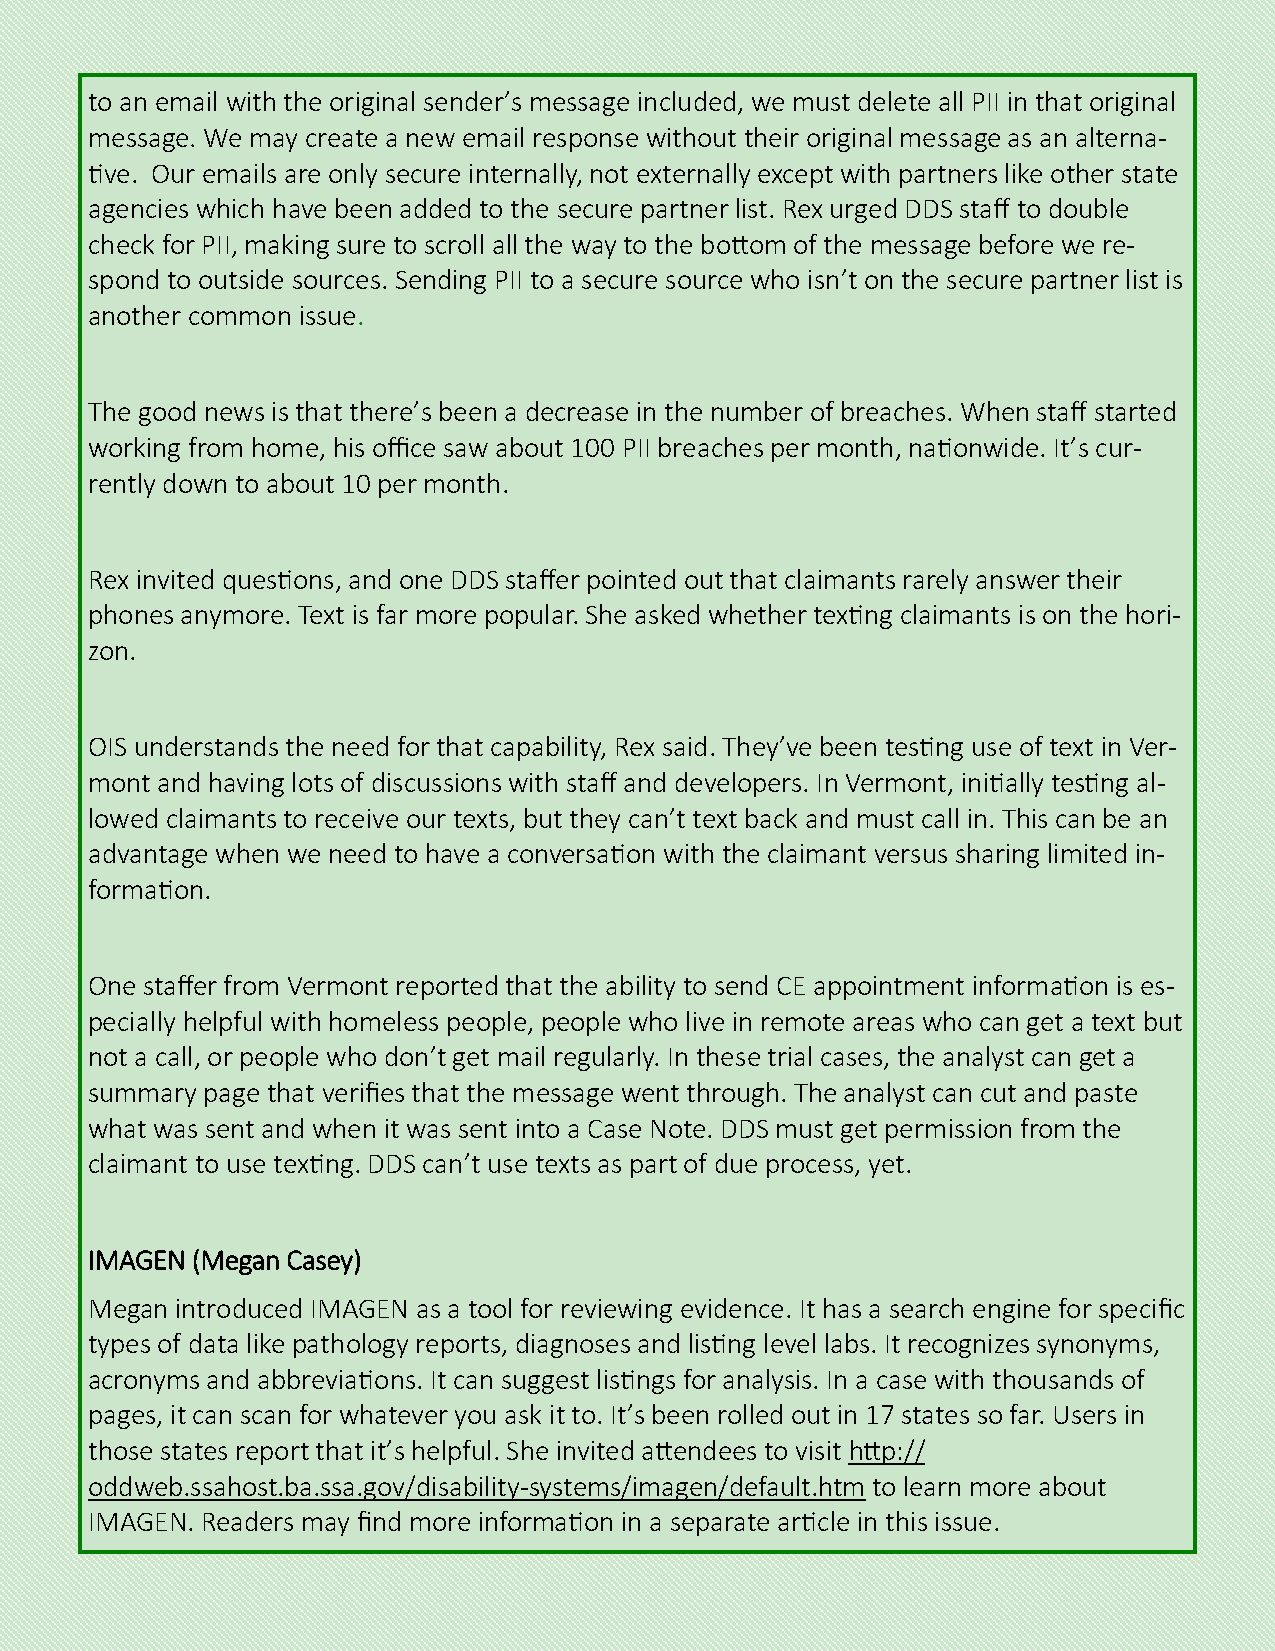
to an email with the original sender’s message included, we must delete all PII in that original
 message. We may create a new email response without their original message as an alterna-
 tive. Our emails are only secure internally, not externally except with partners like other state
 agencies which have been added to the secure partner list. Rex urged DDS staff to double
 check for PII, making sure to scroll all the way to the bottom of the message before we re-
 spond to outside sources. Sending PII to a secure source who isn’t on the secure partner list is
 another common issue.
 The good news is that there’s been a decrease in the number of breaches. When staff started
 working from home, his office saw about 100 PII breaches per month, nationwide. It’s cur-
 rently down to about 10 per month.
 Rex invited questions, and one DDS staffer pointed out that claimants rarely answer their
 phones anymore. Text is far more popular. She asked whether texting claimants is on the hori-
 zon.
 OIS understands the need for that capability, Rex said. They’ve been testing use of text in Ver-
 mont and having lots of discussions with staff and developers. In Vermont, initially testing al-
 lowed claimants to receive our texts, but they can’t text back and must call in. This can be an
 advantage when we need to have a conversation with the claimant versus sharing limited in-
 formation.
 One staffer from Vermont reported that the ability to send CE appointment information is es-
 pecially helpful with homeless people, people who live in remote areas who can get a text but
 not a call, or people who don’t get mail regularly. In these trial cases, the analyst can get a
 summary page that verifies that the message went through. The analyst can cut and paste
 what was sent and when it was sent into a Case Note. DDS must get permission from the
 claimant to use texting. DDS can’t use texts as part of due process, yet.
 IMAGEN (Megan Casey)
 Megan introduced IMAGEN as a tool for reviewing evidence. It has a search engine for specific
 types of data like pathology reports, diagnoses and listing level labs. It recognizes synonyms,
 acronyms and abbreviations. It can suggest listings for analysis. In a case with thousands of
 pages, it can scan for whatever you ask it to. It’s been rolled out in 17 states so far. Users in
 those states report that it’s helpful. She invited attendees to visit http://
 oddweb.ssahost.ba.ssa.gov/disability-systems/imagen/default.htm to learn more about
 IMAGEN. Readers may find more information in a separate article in this issue.